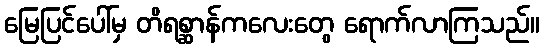
မြေပြင်ပေါ်မှ တိရစ္ဆာန်ကလေးတွေ ရောက်လာကြသည်။